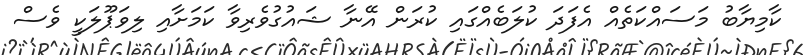
ކާމިޔާބު މަސައްކަތެއް އެފަދަ ކުލަބެއްގައި ކުރަން އޭނާ ޝައުގުވެރިވާ ކަމަށާއި ލިވަޕޫލަކީ ވެސް